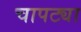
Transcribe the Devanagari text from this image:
चापट्या